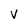
Character: V